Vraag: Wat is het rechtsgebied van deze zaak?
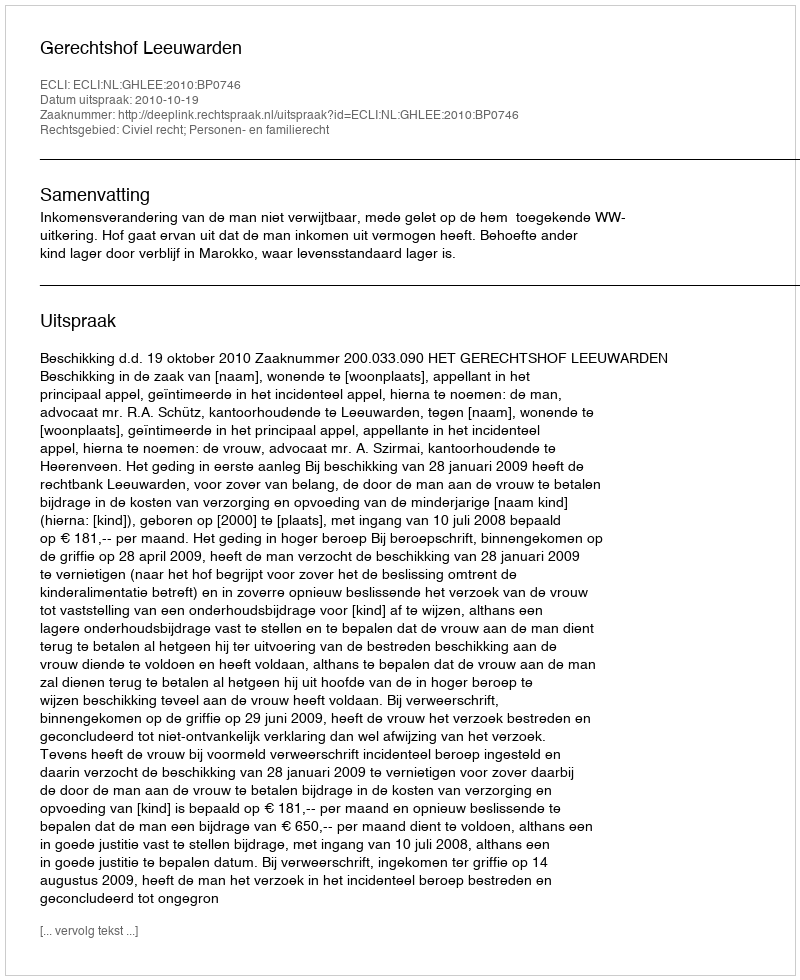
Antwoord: Civiel recht; Personen- en familierecht